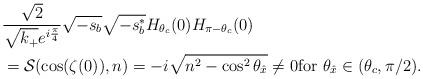
LaTeX: \begin{align*}&\frac{\sqrt{2}}{\sqrt{k_+}e^{i\frac{\pi}{4}}}\sqrt{-s_b}\sqrt{-s_b^{*}}H_{\theta_c}(0)H_{\pi-\theta_c}(0)\\&=\mathcal S(\cos(\zeta(0)),n)=-i\sqrt{n^2-\cos^2\theta_{\hat x}}\ne 0 \textrm{for}~\theta_{\hat x} \in (\theta_c, \pi/2). \end{align*}